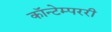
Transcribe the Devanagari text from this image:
कॉन्टेम्पररी